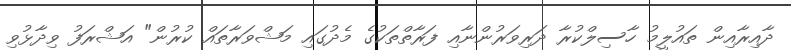
ދާއިރާއިން ތައުލީމު ހާސިލްކުރާ ދަރިވަރުންނާއި ފަރާތްތަކުގެ މެދުގައި މަޝްވަރާތައް ކުުރުން" އަޝްރަފު ވިދާޅުވި